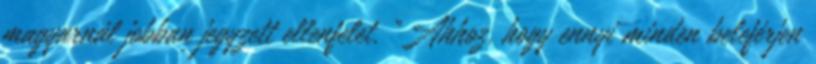
magyarnál jobban jegyzett ellenfelet. "Ahhoz, hogy ennyi minden beleférjen